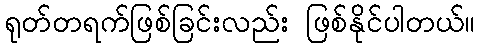
ရုတ်တရက်ဖြစ်ခြင်းလည်း ဖြစ်နိုင်ပါတယ်။